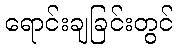
ရောင်းချခြင်းတွင်